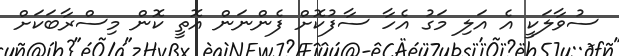
ސުވާލަކީ އެ އަލި މަގު އެހާ ސާފުކޮށް ފެންނަން އޮތީ ކޮން މިސްރާބަކަށް